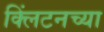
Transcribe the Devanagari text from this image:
क्लिंटनच्या